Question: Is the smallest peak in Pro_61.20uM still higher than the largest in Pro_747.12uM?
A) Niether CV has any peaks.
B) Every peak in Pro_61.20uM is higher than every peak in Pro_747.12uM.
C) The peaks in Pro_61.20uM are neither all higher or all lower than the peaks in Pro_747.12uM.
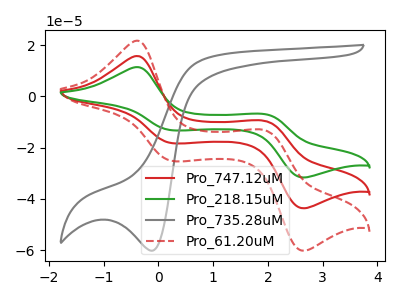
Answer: <think>The red curve "Pro_747.12uM" has anodic peaks at (-0.40V, 15.75uA) (1.95V, -9.60uA) and cathodic peaks at (0.25V, -18.30uA) (2.65V, -43.70uA). The green curve "Pro_218.15uM" has anodic peaks at (-0.40V, 31.45uA) (1.95V, -19.20uA) and cathodic peaks at (0.25V, -36.55uA) (2.65V, -87.35uA). The gray curve "Pro_735.28uM" has a cathodic peak at: (-0.10V, -60.25uA). The red dashed curve "Pro_61.20uM" has anodic peaks at (-0.40V, 21.70uA) (1.95V, -13.25uA) and cathodic peaks at (0.25V, -25.20uA) (2.65V, -60.25uA).</think>
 <answer>C) The peaks in "Pro_61.20uM" are neither all higher or all lower than the peaks in "Pro_747.12uM".</answer>
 <eval>C</eval>